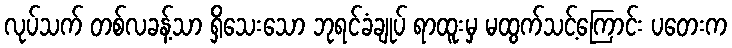
လုပ်သက် တစ်လခန့်သာ ရှိသေးသော ဘုရင်ခံချုပ် ရာထူးမှ မထွက်သင့်ကြောင်း ပတေးက